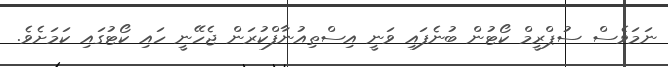
ނަމަވެސް ސުޕްރީމް ކޯޓުން ބުނެފައި ވަނީ އިސްތިއުނާފްކުރަން ޖެހޭނީ ހައި ކޯޓުގައި ކަމަށެވެ.